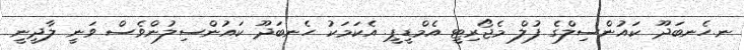
ނ.ހެނބަދޫ ކައުންސިލްގެ ފުލް މެޖޯރިޓީ އެމްޑީޕީ. އެކަމަކު ހެނބަދޫ ކައުންސިލުންވެސް ވަނީ ލާދީނީ